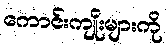
ကောင်းကျိုးများကို